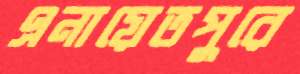
এনায়েতপুরে